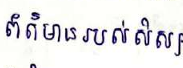
ព័ត៌មានរបស់សិស្ស